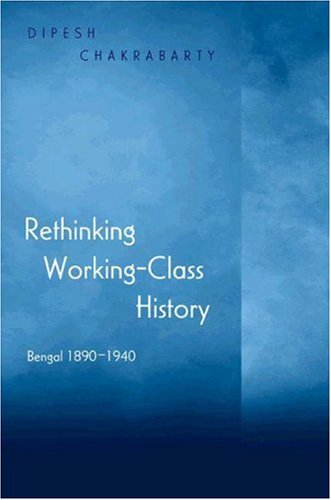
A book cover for Rethinking Working-Class History: Bengal 1890-1940; Dipesh Chakrabarty; Business & Money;